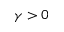
\gamma > 0